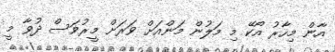
އާން މިހާރު އޯކޭ މި މަލުން މަންއަށް ވަރަށް މީރުވަސް ދުވާ މީ